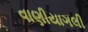
વાણીયાગલી